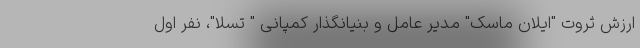
ارزش ثروت "ایلان ماسک" مدیر عامل و بنیانگذار کمپانی " تسلا"، نفر اول